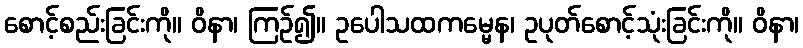
စောင့်စည်းခြင်းကို။ ဝိနာ၊ ကြဉ်၍။ ဥပေါသထကမ္မေန၊ ဥပုတ်စောင့်သုံးခြင်းကို။ ဝိနာ၊